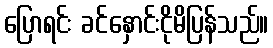
ပြောရင်း ခင်နှောင်းငိုမိပြန်သည်။